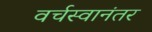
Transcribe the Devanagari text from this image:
वर्चस्वानंतर